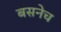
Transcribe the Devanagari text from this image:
बसनेच